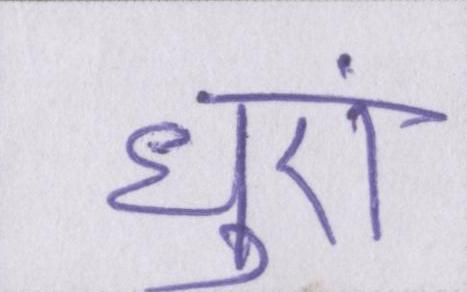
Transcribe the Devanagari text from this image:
धुएं